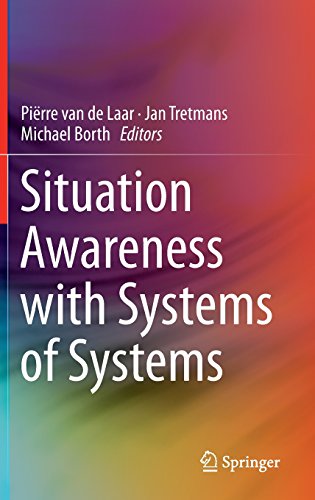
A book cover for Situation Awareness with Systems of Systems; Engineering & Transportation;